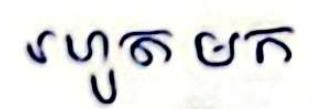
រហូត មក